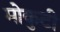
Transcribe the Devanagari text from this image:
मोकुटी